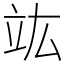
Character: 竑